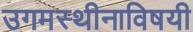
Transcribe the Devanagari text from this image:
उगमस्थीनाविषयी